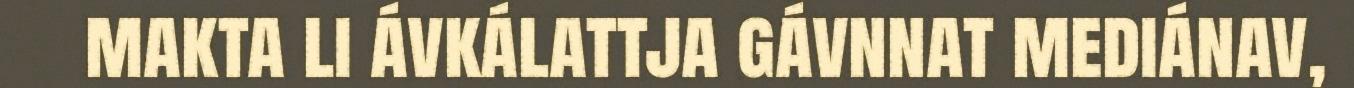
makta li ávkálattja gávnnat mediánav,